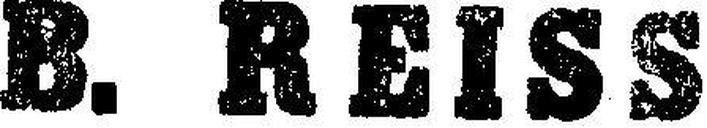
B. REISS